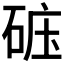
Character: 𥒹